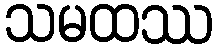
သမထဿ